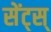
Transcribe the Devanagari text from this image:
सेंट्स्